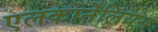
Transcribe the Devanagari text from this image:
एलकार्नेंलियस